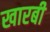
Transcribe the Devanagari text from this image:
खारबी